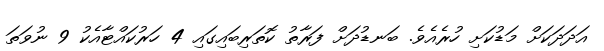
އަދަދަަކަށް މަޑުކަށި ހުރެއެވެ. ބަނޑުދަށް ފަރާތު ކޮތަރިބައިގައި 4 ހަރުކައްޓާއެކު 9 ނުވަތަ